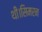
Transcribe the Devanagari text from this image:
थी।सिमरन